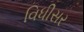
વિધીસર